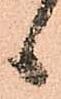
ヽ